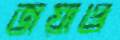
জয়াও